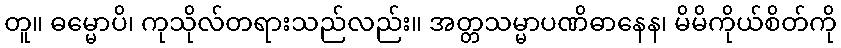
တူ။ ဓမ္မောပိ၊ ကုသိုလ်တရားသည်လည်း။ အတ္တသမ္မာပဏိဓာနေန၊ မိမိကိုယ်စိတ်ကို